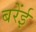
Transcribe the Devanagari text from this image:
बरेंई